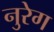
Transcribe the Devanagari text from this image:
नुरेग